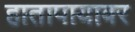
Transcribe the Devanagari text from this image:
हातापायावर